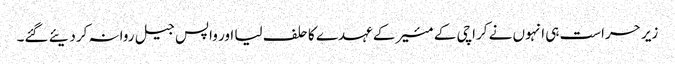
زیر حراست ہی انہوں نے کراچی کے مئیر کے عہدے کا حلف لیا اور واپس جیل روانہ کردیئے گئے۔